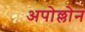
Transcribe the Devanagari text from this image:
अपोल्लोन